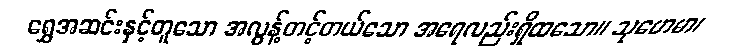
ရွှေအဆင်းနှင့်တူသော အလွန့်တင့်တယ်သော အရေလည်းရှိထသော။ သုဟေမာ၊